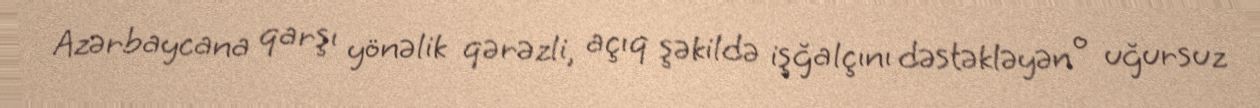
Azərbaycana qarşı yönəlik qərəzli, açıq şəkildə işğalçını dəstəkləyən o uğursuz